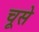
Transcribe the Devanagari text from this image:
चूसे